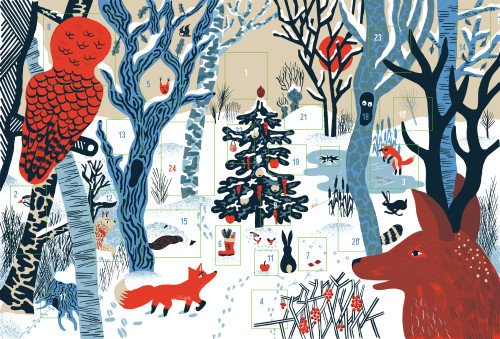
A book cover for In the Woods; Calendars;